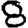
Digit: 8